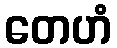
တေဟံ